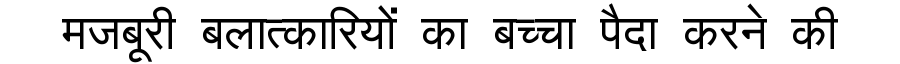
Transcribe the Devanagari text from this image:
मजबूरी बलात्कारियों का बच्चा पैदा करने की